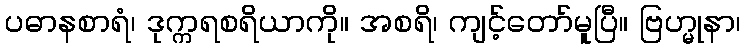
ပဓာနစာရံ၊ ဒုက္ကရစရိယာကို။ အစရိ၊ ကျင့်တော်မူပြီ။ ဗြဟ္မုနာ၊